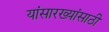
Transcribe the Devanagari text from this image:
यांसारख्यांसाठी